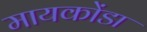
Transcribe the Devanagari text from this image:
मायकोंडा